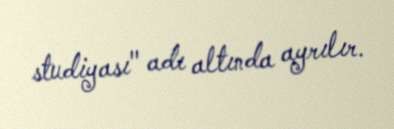
studiyası" adı altında ayrılır.